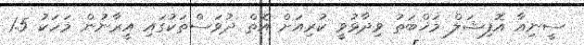
ސީނިއާ އޮފިޝަލް މަޚްބަތު ވިދާޅުވީ ކުރިއަށް އޮތް ދުވަސްތަކުގައި އީރާނުން މަހަކު 1.5